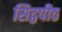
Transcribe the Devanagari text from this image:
सिद्वपीठ